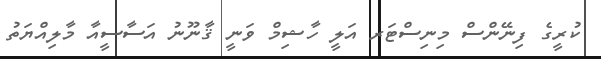
ކުރީގެ ފިނޭންސް މިނިސްޓަރ އަލީ ހާޝިމް ވަނީ ޤާނޫނު އަސާސީއާ މާލިއްޔަތު